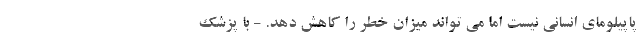
پاپیلومای انسانی نیست اما می تواند میزان خطر را کاهش دهد. - با پزشک